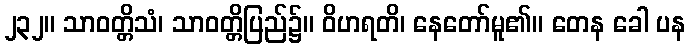
၂၃၂။ သာဝတ္တိသံ၊ သာဝတ္တိပြည်၌။ ဝိဟရတိ၊ နေတော်မူ၏။ တေန ခေါ ပန